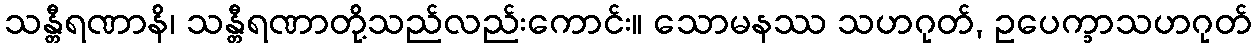
သန္တီရဏာနိ၊ သန္တီရဏာတို့သည်လည်းကောင်း။ သောမနဿ သဟဂုတ်, ဥပေက္ခာသဟဂုတ်